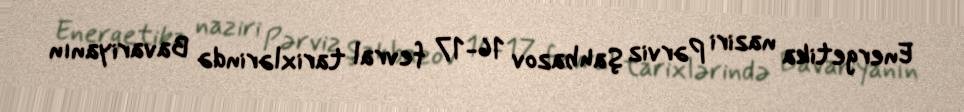
Energetika naziri Pərviz Şahbazov 16-17 fevral tarixlərində Bavariyanın